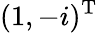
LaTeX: (1,-i)^{\textrm{T}}